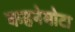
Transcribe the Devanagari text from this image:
कहनेमोटा